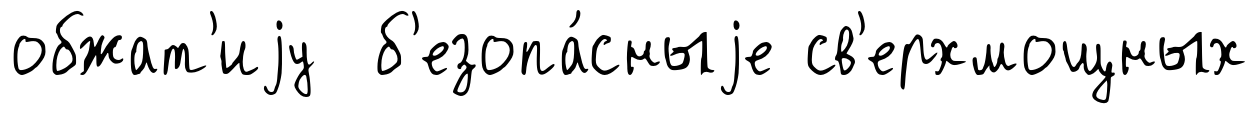
обжат'иjу б'езопа́сныjе св'ерхмощных